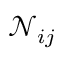
\mathcal N _ { i j }